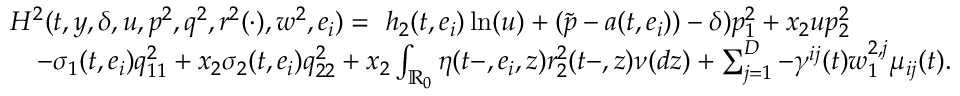
\begin{array} { r l } & { H ^ { 2 } ( t , y , \delta , u , p ^ { 2 } , q ^ { 2 } , r ^ { 2 } ( \cdot ) , w ^ { 2 } , e _ { i } ) = \ h _ { 2 } ( t , e _ { i } ) \ln ( u ) + ( \tilde { p } - a ( t , e _ { i } ) ) - \delta ) p _ { 1 } ^ { 2 } + x _ { 2 } u p _ { 2 } ^ { 2 } } \\ & { \quad - \sigma _ { 1 } ( t , e _ { i } ) q _ { 1 1 } ^ { 2 } + x _ { 2 } \sigma _ { 2 } ( t , e _ { i } ) q _ { 2 2 } ^ { 2 } + x _ { 2 } \int _ { \mathbb { R } _ { 0 } } \eta ( t - , e _ { i } , z ) r _ { 2 } ^ { 2 } ( t - , z ) \nu ( d z ) + \sum _ { j = 1 } ^ { D } - \gamma ^ { i j } ( t ) w _ { 1 } ^ { 2 , j } \mu _ { i j } ( t ) . } \end{array}